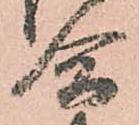
合